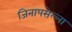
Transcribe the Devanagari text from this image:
जिनापसेल्ला